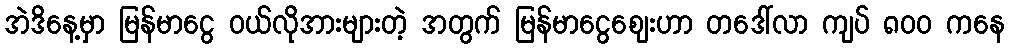
အဲဒိနေ့မှာ မြန်မာငွေ ဝယ်လိုအားများတဲ့ အတွက် မြန်မာငွေစျေးဟာ တဒေါ်လာ ကျပ် ၈၀၀ ကနေ